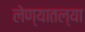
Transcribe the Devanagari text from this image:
लेण्यातल्या